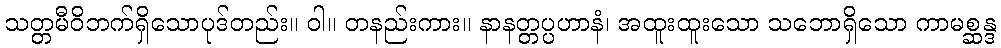
သတ္တမီဝိဘက်ရှိသောပုဒ်တည်း။ ဝါ။ တနည်းကား။ နာနတ္တပ္ပဟာနံ၊ အထူးထူးသော သဘောရှိသော ကာမစ္ဆန္ဒ